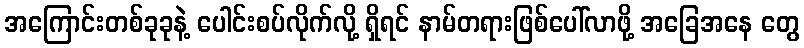
အကြောင်းတစ်ခုခုနဲ့ ပေါင်းစပ်လိုက်လို့ ရှိရင် နာမ်တရားဖြစ်ပေါ်လာဖို့ အခြေအနေ တွေ